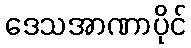
ဒေသအာဏာပိုင်